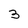
Character: 3